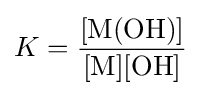
K=\mathrm {\frac {[M(OH)]}{[M][OH]}}